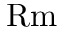
\mathrm { R m }